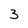
Character: 3